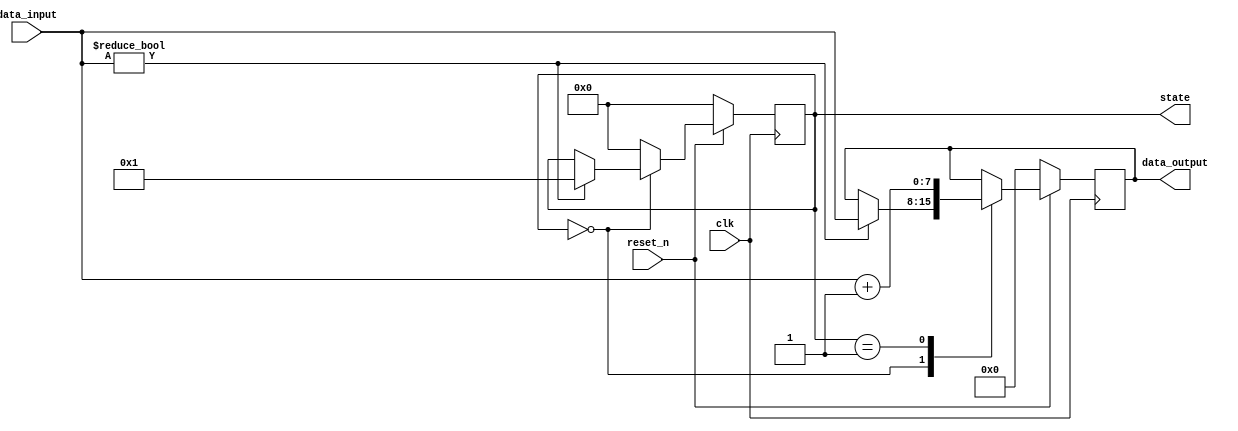
module ResetConditionBlock(
    input wire clk,               // Clock signal
    input wire reset_n,           // Active-low reset signal
    input wire [7:0] data_input,  // Data input signal
    output reg [7:0] data_output, // Data output signal
    output reg [3:0] state        // Internal state variable
);

// Define parameters for states
parameter IDLE = 4'b0000;       // Example state
parameter PROCESSING = 4'b0001; // Another example state

// Initial state
initial begin
    state = IDLE;                // Set initial state
    data_output = 8'b0;          // Initialize output
end

// Synchronous reset and state update
always @(posedge clk) begin
    if (!reset_n) begin           // Check for active-low reset
        state <= IDLE;            // Reset state to IDLE
        data_output <= 8'b0;      // Reset output to zero
    end else begin
        // Normal operation logic
        case (state)
            IDLE: begin
                if (data_input != 8'b0) begin
                    state <= PROCESSING; // Transition to PROCESSING state
                    data_output <= data_input; // Pass the data to output
                end
            end
            
            PROCESSING: begin
                // Insert logic for processing
                data_output <= data_input + 1; // Example operation
                // Transition back to IDLE for this example
                state <= IDLE;
            end
            
            default: begin
                state <= IDLE; // Default to IDLE state for safety
            end
        endcase
    end
end

// Optional: Status output for testability
reg test_status; // Test status register
always @(posedge clk) begin
    if (!reset_n) begin
        test_status <= 1'b0; // Reset test status
    end else begin
        test_status <= 1'b1; // Set test status during normal operation
    end
end

endmodule